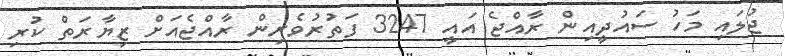
ޖުލައި މަހު ސައުދީއިން ރާއްޖެ އައީ 3247 ފަތުރުވެރިން ރާއްޖެއަށް ޒިޔާރަތް ކުރި